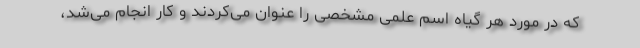
که در مورد هر گیاه اسم علمی مشخصی را عنوان می‌کردند و کار انجام می‌شد،